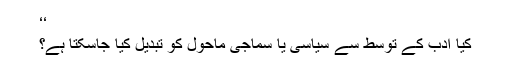
‘‘
کیا ادب کے توسط سے سیاسی یا سماجی ماحول کو تبدیل کیا جاسکتا ہے؟